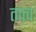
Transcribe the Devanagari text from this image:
तात्व